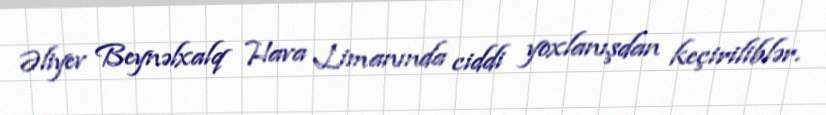
Əliyev Beynəlxalq Hava Limanında ciddi yoxlanışdan keçiriliblər.